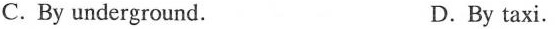
C. By underground. D.By taxi.